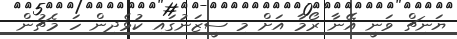
ޔަނިޗް ވަނީ އޭނާ ރޯމާ އަށް މި ސީޒަނުގައި ކުޅެދިން ހަ މެޗުން